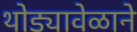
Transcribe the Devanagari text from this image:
थोड्यावेळाने